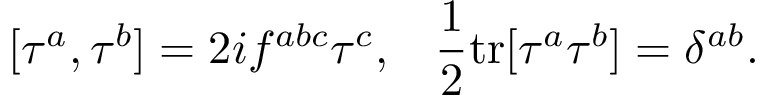
[ \tau ^ { a } , \tau ^ { b } ] = 2 i f ^ { a b c } \tau ^ { c } , \; \; \; \frac { 1 } { 2 } \mathrm { t r } [ \tau ^ { a } \tau ^ { b } ] = \delta ^ { a b } .